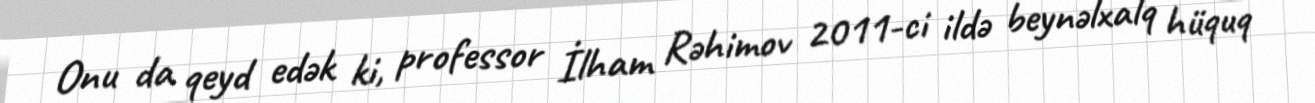
Onu da qeyd edək ki, professor İlham Rəhimov 2011-ci ildə beynəlxalq hüquq